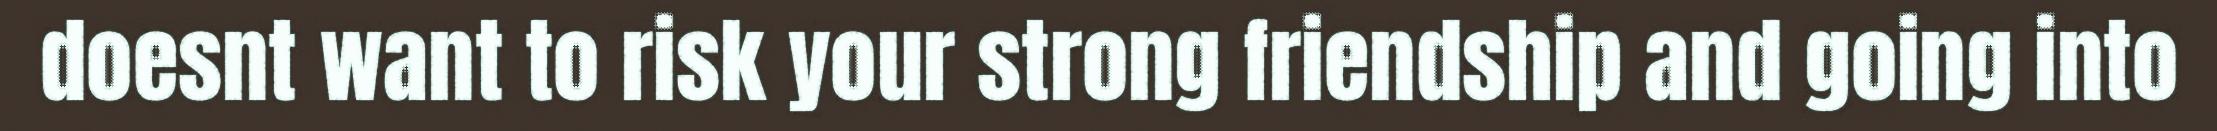
doesnt want to risk your strong friendship and going into